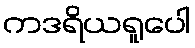
ကဒရိယရူပေါ